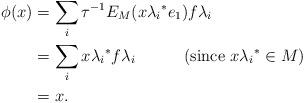
LaTeX: \begin{align*} \phi(x) & = \sum_i{\tau}^{-1}E_M(x{\lambda_i}^*e_1)f {\lambda_i}\\ & = \sum_i x{\lambda_i}^*f{\lambda_i}~~~~~~~~~(\textrm {since}~x{\lambda_i}^*\in M)\\ & = x.\end{align*}